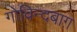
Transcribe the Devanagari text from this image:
गोविन्दबाग़